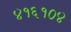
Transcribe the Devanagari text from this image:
४१६१०४